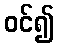
ဝင်၍